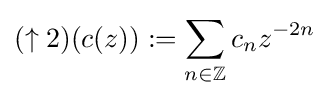
(\uparrow 2)(c(z)):=\sum _{n\in \mathbb {Z} }c_{n}z^{-2n}